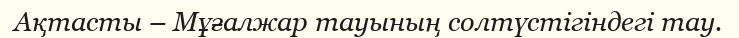
Ақтасты – Мұғалжар тауының солтүстігіндегі тау.